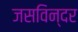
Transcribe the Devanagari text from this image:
जसविन्दर